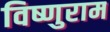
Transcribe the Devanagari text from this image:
विष्णुराम